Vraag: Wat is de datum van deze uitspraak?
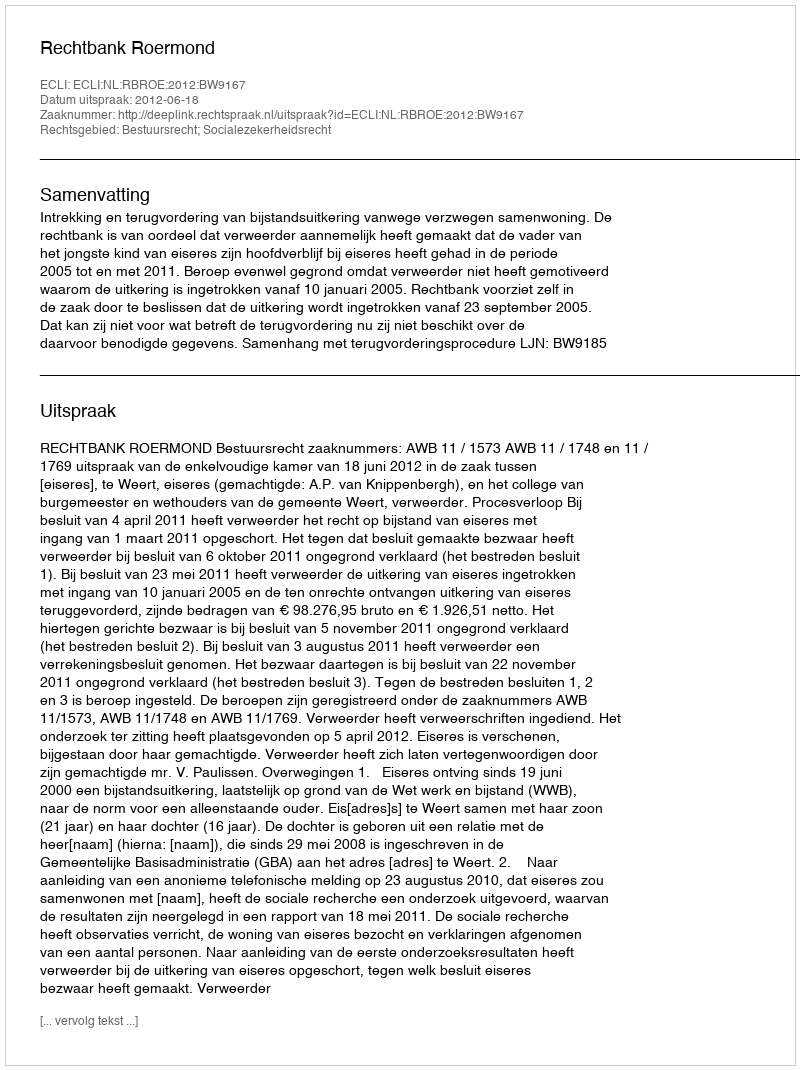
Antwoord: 2012-06-18